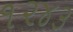
૧૨૪૩